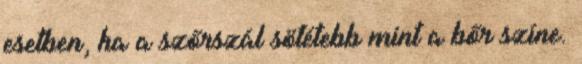
esetben, ha a szőrszál sötétebb mint a bőr színe.